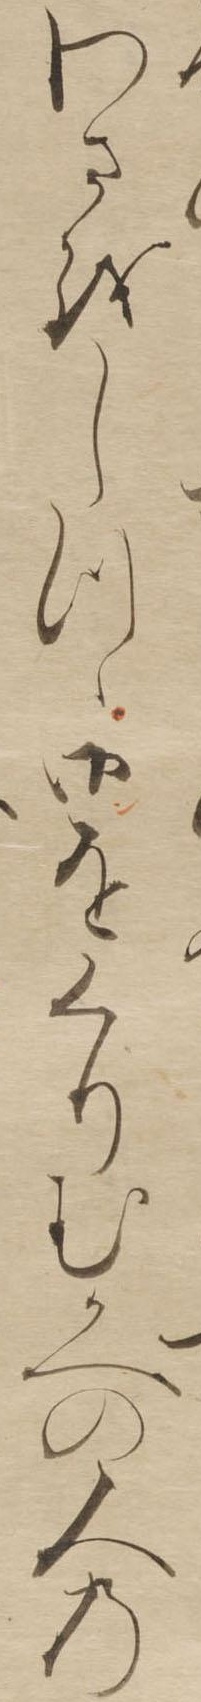
わさをしつゝ御をくりむかへの人の